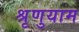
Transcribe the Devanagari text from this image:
श्रृणुयाम